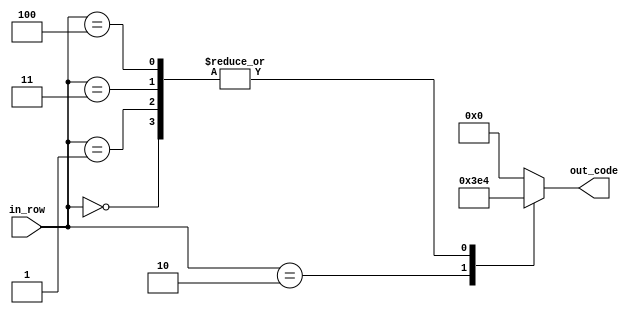
module bsuma(
	 input [2:0] in_row,
    output reg [4:0] out_code
    );

parameter [4:0] d_0 = 5'b00100; //   X
parameter [4:0] d_1 = 5'b11111; // XXXXX


always @ *
begin
	case (in_row)
		3'b000:
			out_code = d_0;
		3'b001:
			out_code = d_0;
		3'b010:
			out_code = d_1;
		3'b011:
			out_code = d_0;
		3'b100:
			out_code = d_0;
		default:
			out_code = 5'b0;
	endcase
end

endmodule